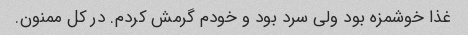
غذا خوشمزه بود ولی سرد بود و خودم گرمش کردم. در کل ممنون.